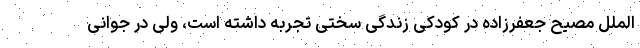
الملل مصیح جعفرزاده در کودکی زندگی سختی تجربه داشته است، ولی در جوانی